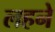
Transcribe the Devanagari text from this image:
लहने